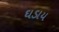
ઘડાય